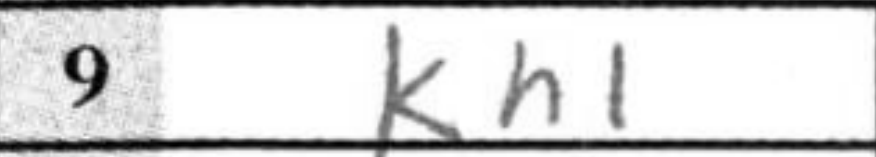
Transcription: Kh1